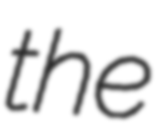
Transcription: the